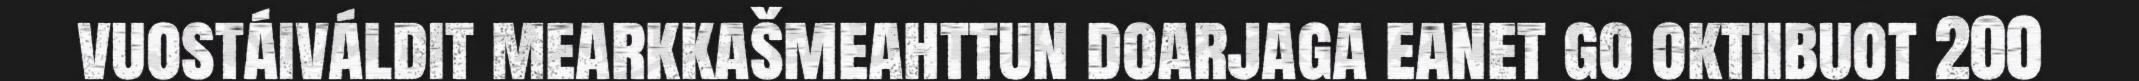
vuostáiváldit mearkkašmeahttun doarjaga eanet go oktiibuot 200